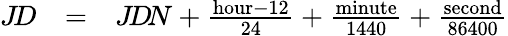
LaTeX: \begin{array}{lll}{J\! D}&{=}&{J\! D\! N+{\frac{{\mathrm{hour}}-12}{24}}+{\frac{\mathrm{minute}}{1440}}+{\frac{\mathrm{second}}{86400}}}\end{array}